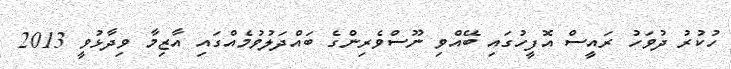
ހުކުރު ދުވަހު ރައީސް އޮފީހުގައި ބޭއްވި ނޫސްވެރިންގެ ބައްދަލުވުމެއްގައި އާޒިމާ ވިދާޅުވީ 2013